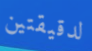
لدقيقتين